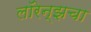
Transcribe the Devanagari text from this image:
लॉरेन्झचा